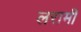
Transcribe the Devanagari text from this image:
लरामी